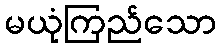
မယုံကြည်သော